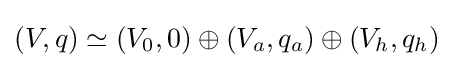
(V,q)\simeq (V_{0},0)\oplus (V_{a},q_{a})\oplus (V_{h},q_{h})